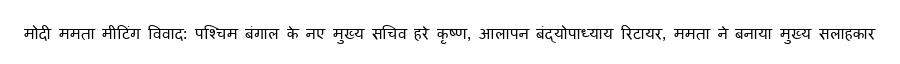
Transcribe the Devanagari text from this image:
मोदी ममता मीटिंग विवाद: पश्चिम बंगाल के नए मुख्य सचिव हरे कृष्ण, आलापन बंद्योपाध्याय रिटायर, ममता ने बनाया मुख्य सलाहकार